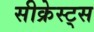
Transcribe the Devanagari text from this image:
सीक्रेस्ट्स